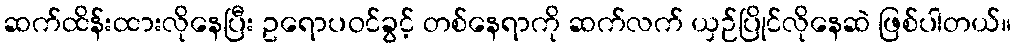
ဆက်ထိန်းထားလိုနေပြီး ဥရောပဝင်ခွင့် တစ်နေရာကို ဆက်လက် ယှဉ်ပြိုင်လိုနေဆဲ ဖြစ်ပါတယ်။